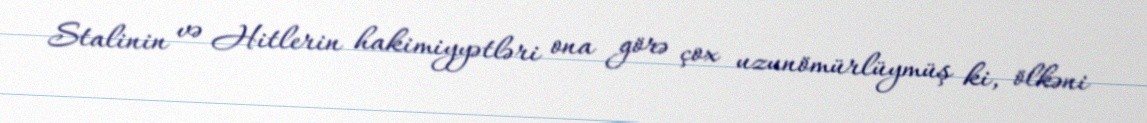
Stalinin və Hitlerin hakimiyyətləri ona görə çox uzunömürlüymüş ki, ölkəni